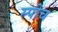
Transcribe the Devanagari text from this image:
स्‍पीच